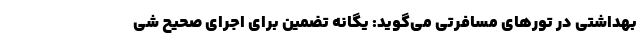
بهداشتی در تورهای مسافرتی می‌گوید: یگانه تضمین برای اجرای صحیح شی